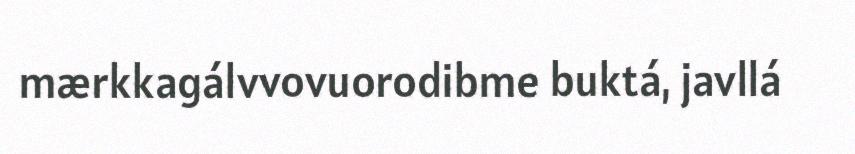
mærkkagálvvovuorodibme buktá, javllá